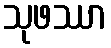
သုဖဿာ